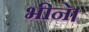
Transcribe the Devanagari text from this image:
भीने।